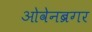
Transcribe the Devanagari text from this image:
ओवेनब्रगर